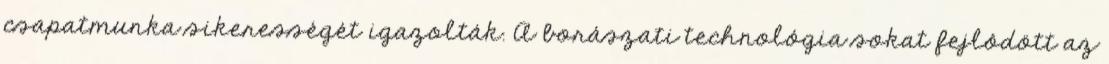
csapatmunka sikerességét igazolták. A borászati technológia sokat fejlôdött az